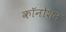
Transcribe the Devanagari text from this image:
कॉनोशन